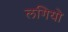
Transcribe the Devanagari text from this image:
लगियो